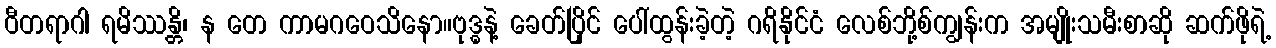
ဝီတရာဂါ ရမိဿန္တိ၊ န တေ ကာမဂဝေသိနော။ဗုဒ္ဓနဲ့ ခေတ်ပြိုင် ပေါ်ထွန်းခဲ့တဲ့ ဂရိနိုင်ငံ လေစ်ဘို့စ်ကျွန်းက အမျိုးသမီးစာဆို ဆက်ဖိုရဲ့